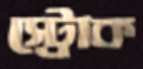
স্ট্রোক